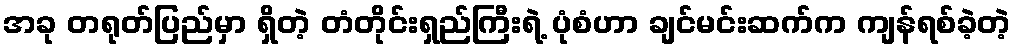
အခု တရုတ်ပြည်မှာ ရှိတဲ့ တံတိုင်းရှည်ကြီးရဲ့ ပုံစံဟာ ချင်မင်းဆက်က ကျန်ရစ်ခဲ့တဲ့